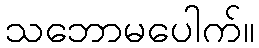
သဘောမပေါက်။